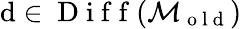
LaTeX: \mathrm{d}\in\mathrm{{~D~i~f~f~}}(\mathcal{{M}}_{\mathrm{{~o~l~\mathrm{d}~}}})